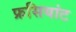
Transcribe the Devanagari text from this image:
फ्रसियांट